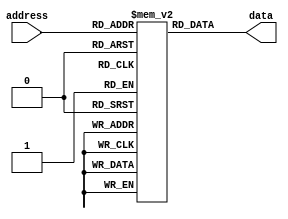
module fuse_rom (
    input wire [address_width-1:0] address,
    output reg [data_width-1:0] data
);

parameter address_width = 8; // Set the address width
parameter data_width = 16; // Set the data width

reg [data_width-1:0] memory [0:(2**address_width - 1)]; // Define memory block

always @ (address)
begin
    data <= memory[address];
end

initial
begin
    // Initialize memory with desired data values
    memory[0] <= 16'hAAAA; // Example data for address 0
    memory[1] <= 16'h5555; // Example data for address 1
    // Add more initialization values as needed
end

endmodule